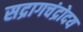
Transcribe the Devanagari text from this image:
सद्रागचंद्रोदय